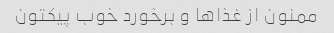
ممنون از غذاها و برخورد خوب پیکتون